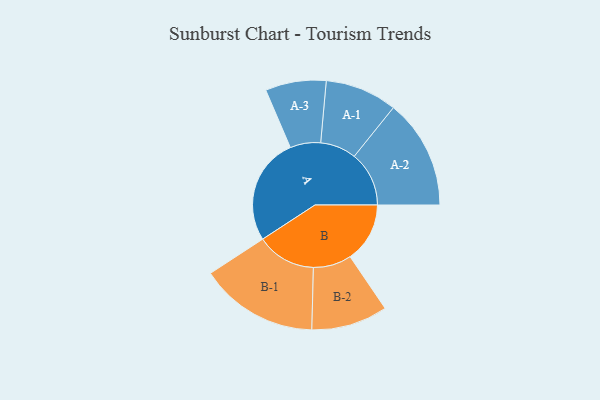
{"axis": {"x": "Segment", "y": "Value"}, "legend": ["", "A", "B"], "data": [{"x": "A", "y": 496, "type": ""}, {"x": "B", "y": 277, "type": ""}, {"x": "A-1", "y": 167, "type": "A"}, {"x": "A-2", "y": 254, "type": "A"}, {"x": "A-3", "y": 141, "type": "A"}, {"x": "B-1", "y": 275, "type": "B"}, {"x": "B-2", "y": 177, "type": "B"}]}